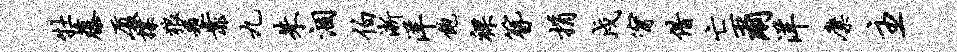
牡藤厦揲狼题靠九朱涸伯淅洋饱裸簪捐戍甯借亡尔洋麋主